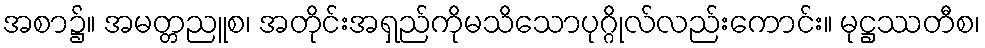
အစာ၌။ အမတ္တညူစ၊ အတိုင်းအရှည်ကိုမသိသောပုဂ္ဂိုလ်လည်းကောင်း။ မုဋ္ဌဿတီစ၊